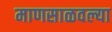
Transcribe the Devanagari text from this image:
माणसाळवल्या